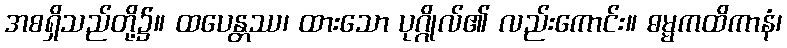
အစရှိသည်တို့၌။ ထပေန္တဿ၊ ထားသော ပုဂ္ဂိုလ်၏ လည်းကောင်း။ ဓမ္မကထိကာနံ၊